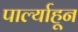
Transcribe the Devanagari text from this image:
पार्ल्याहून